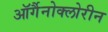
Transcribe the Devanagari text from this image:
ऑर्गैनोक्लोरीन